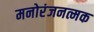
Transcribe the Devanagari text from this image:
मनोरंजनत्मक